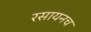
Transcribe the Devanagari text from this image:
रसायनच